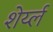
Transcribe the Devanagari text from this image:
शेर्य्ल